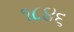
૧૮૪૬